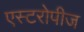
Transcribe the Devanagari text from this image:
एस्टरोपीज